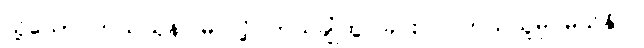
သို့သော် ဘယ်ယုန် မြင်လို့ ဘယ်ချုံထွင်ခြင်းလဲ၊ ဘယ်သူမှ မသိနိုင်။